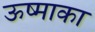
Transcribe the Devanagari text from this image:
ऊष्माका